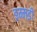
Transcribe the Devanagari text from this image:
इम्मडी